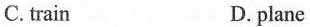
C. train D. plane